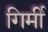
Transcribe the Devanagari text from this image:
गिर्मी